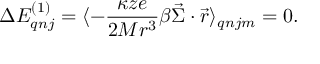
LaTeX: \Delta E _ { q n j } ^ { ( 1 ) } = \langle - \frac { \kappa z e } { 2 M r ^ { 3 } } \beta \vec { \Sigma } \cdot \vec { r } \rangle _ { q n j m } = 0 .